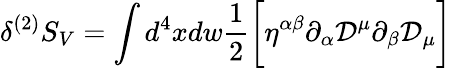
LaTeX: \delta^{(2)}S_{V}=\int d^{4}xdw\frac{1}{2}\biggl[\eta^{\alpha\beta}\partial_{\alpha}{\cal D}^{\mu}\partial_{\beta}{\cal D}_{\mu}\biggr]